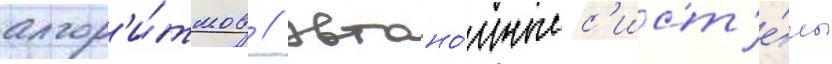
алгор'и́тмов // Автоно́мные с'ист'е́мы